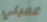
عميلي